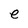
Character: e